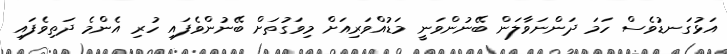
އަޅުގަނޑުވެސް ހަމަ ދަންނަވާލަން ބޭނުންވަނީ މަޑުއްވަރިއަށް މިވަގުތަށް ބޭނުންވެފައި ހުރި އެންމެ ދަތިވެފައި